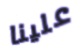
علينا